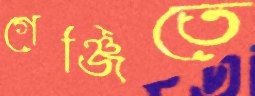
গেঞ্জিতে